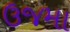
ઉજમા